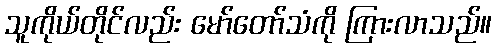
သူကိုယ်တိုင်လည်း မော်တော်သံကို ကြားလာသည်။